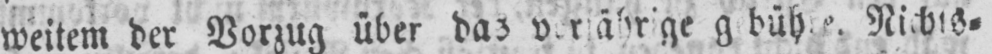
Nichts⸗